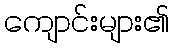
ကျောင်းများ၏